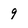
Character: 9